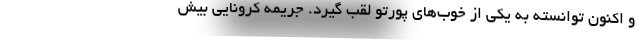
و اکنون توانسته به یکی از خوب‌های پورتو لقب گیرد. جریمه کرونایی بیش